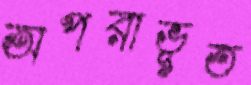
অপরাভূত